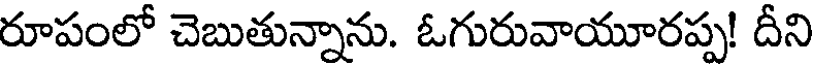
రూపంలో చెబుతున్నాను. ఓగురువాయూరప్ప! దీని